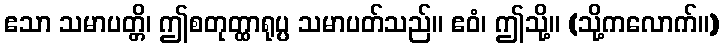
ဧသာ သမာပတ္တိ၊ ဤစတုတ္ထာရုပ္ပ သမာပတ်သည်။ ဧဝံ၊ ဤသို့။ (သို့ကလောက်။)